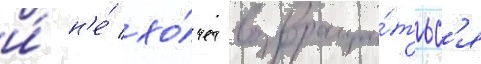
и́ н'е́ хо́чет возвраща́тьс'я